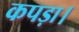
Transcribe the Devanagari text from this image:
कपड़ा।